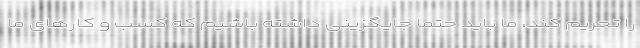
را تحریم کند، ما باید حتما جایگزینی داشته باشیم که کسب و کارهای ما